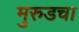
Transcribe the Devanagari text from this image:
मुरुडचा